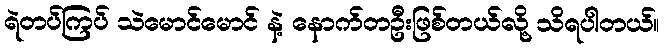
ရဲတပ်ကြပ် သဲမောင်မောင် နဲ့ နောက်တဦးဖြစ်တယ်လို့ သိရပါတယ်။